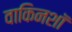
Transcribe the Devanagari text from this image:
वाकिनशॉ